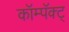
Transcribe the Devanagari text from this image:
कॉम्पॅक्ट्